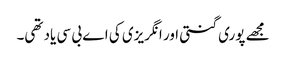
مجھے پوری گنتی اور انگریزی کی اے بی سی یاد تھی۔